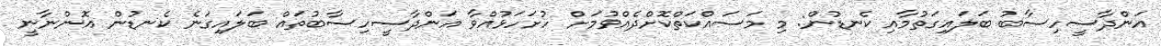
އަންދާސީހިސާބު ބަލައިގަތުމާއި ކެނޑުން: މި މަސައްކަތްކޮށްދެއްވުމަށް ހުށަހަޅުއްވާ އަންދާސީހިސާބުތައް ބަލައިގަނެ ކެނޑުން އޮންނާނީ